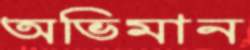
অভিমান